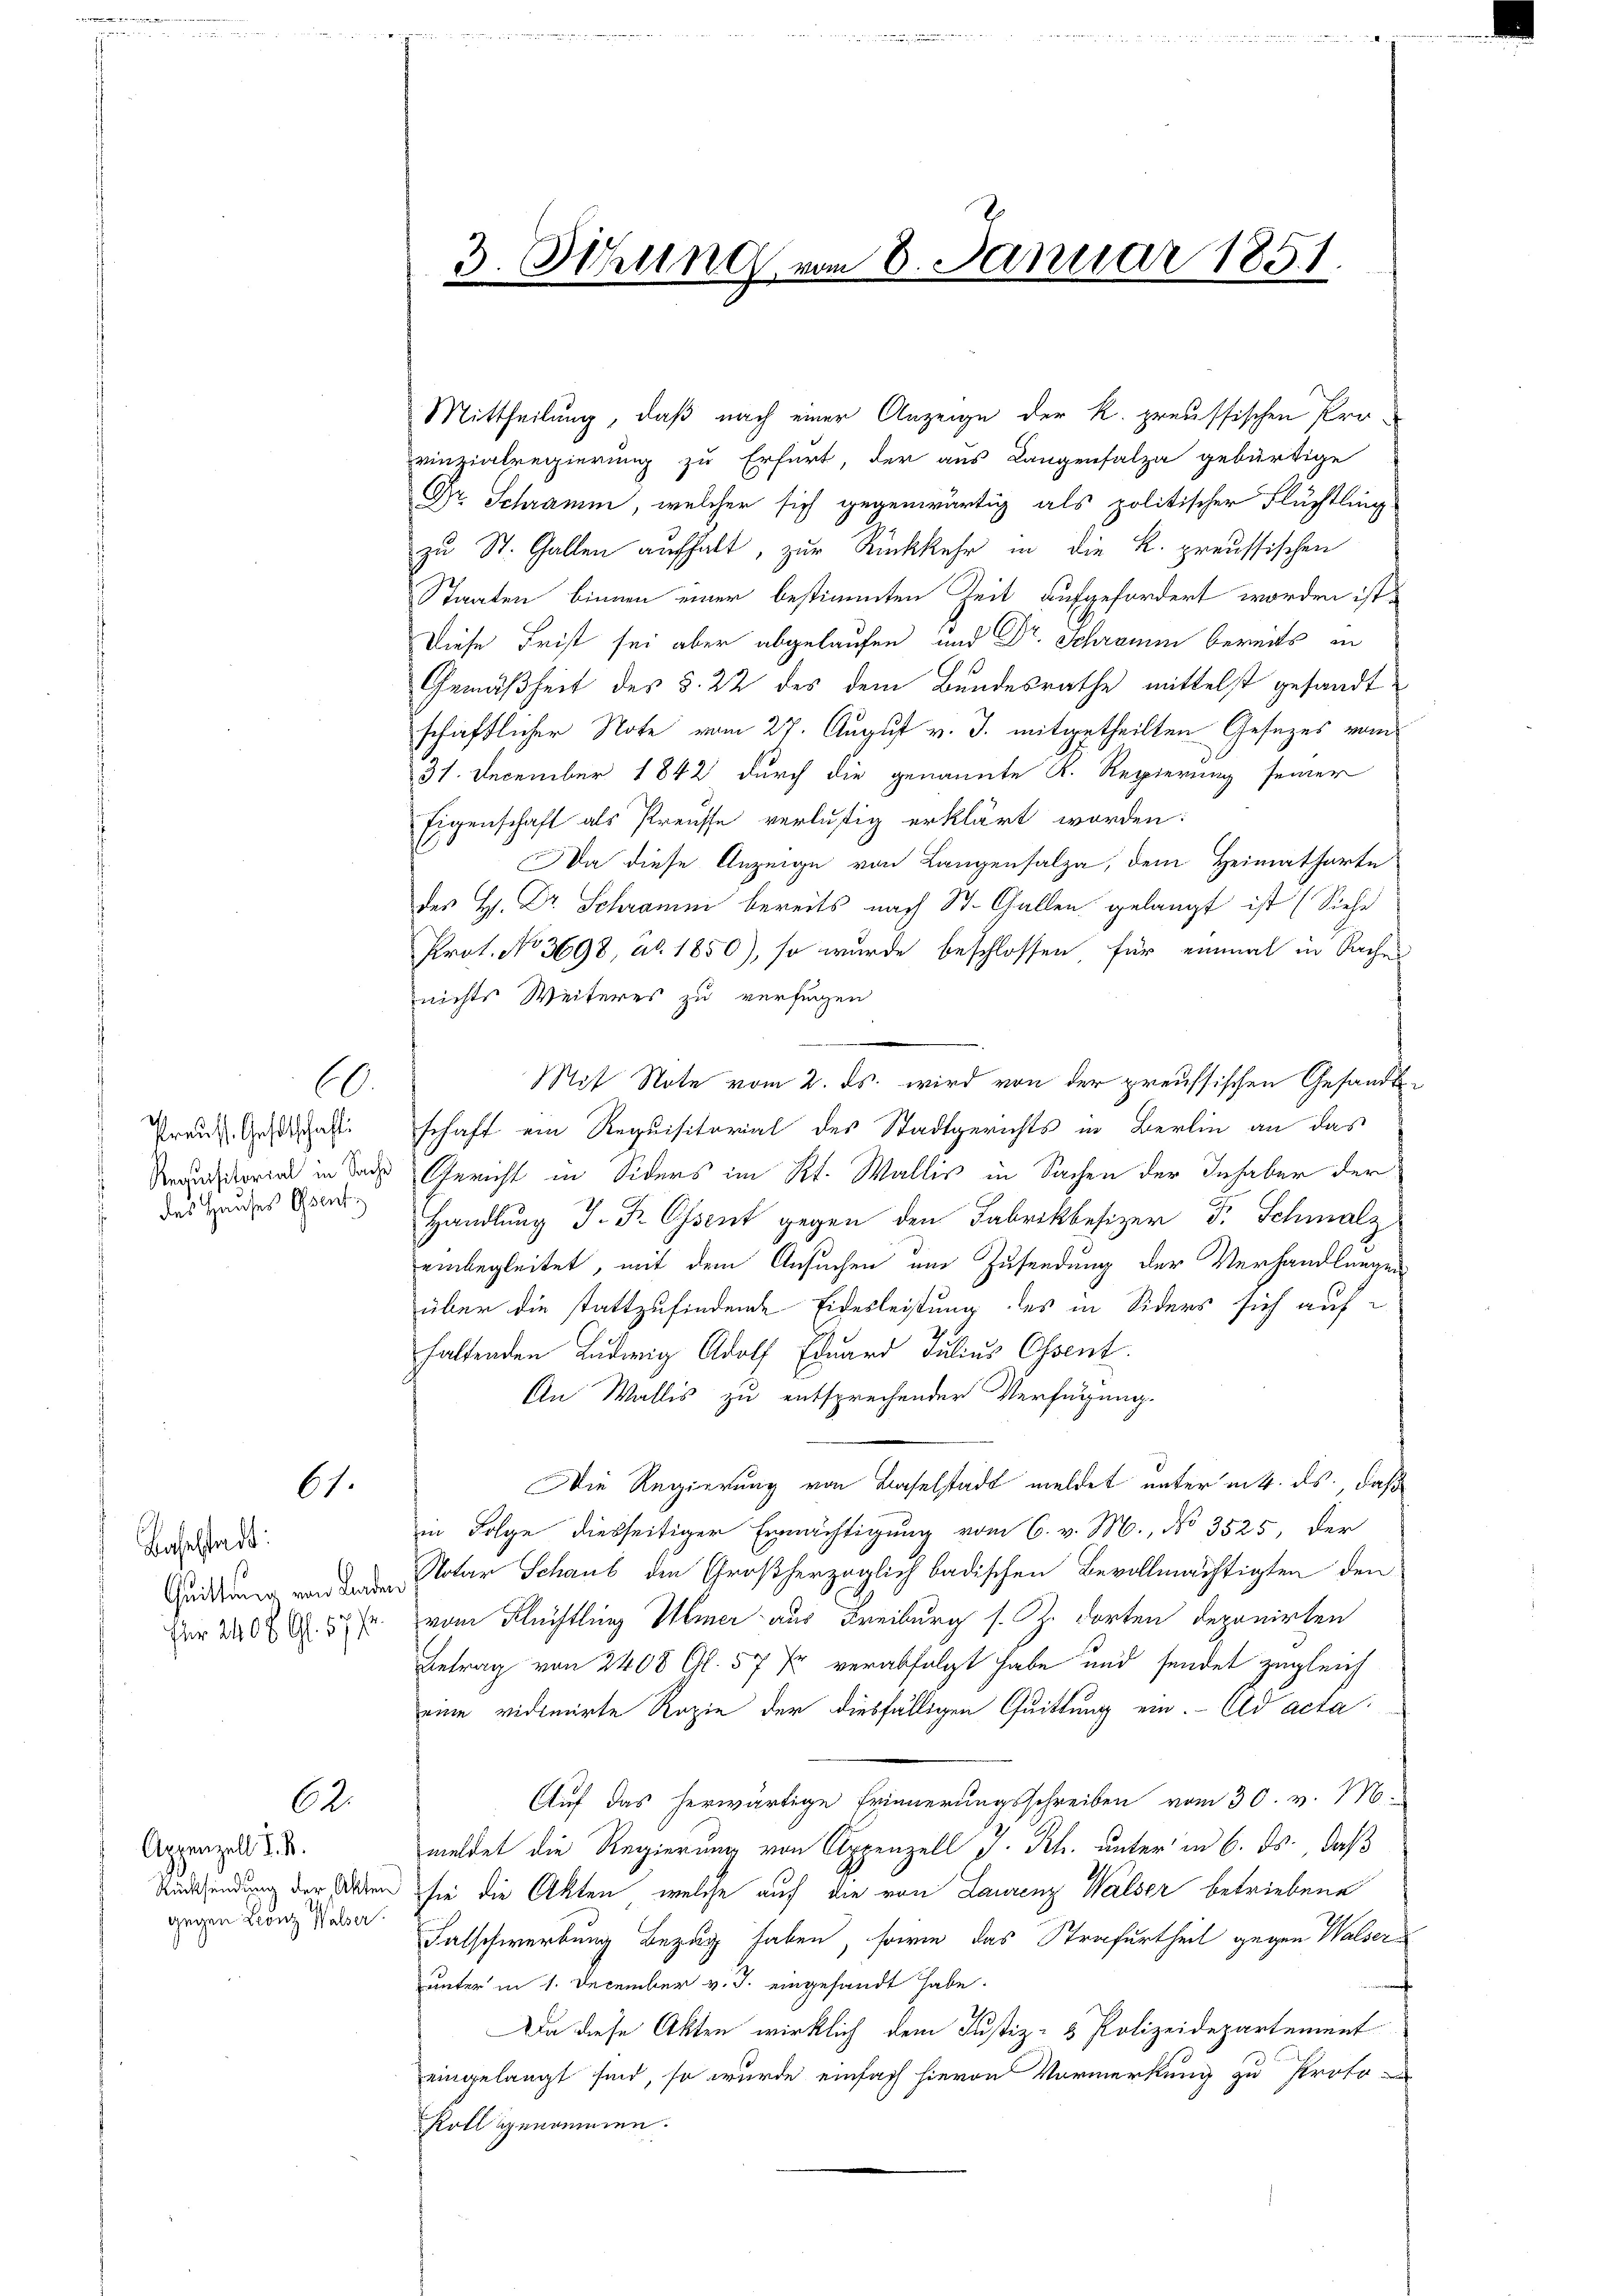
Preuss. Gastschaft
des Hauses Osent

Baselstadt:
für 2400 Gl. 577.

0.

61.

62.

Appenzell I. B.
gegen Lanz Walser

3. Ithung vom 8. Januar 1851.
2

Mittheilung, daß nach einer Anzeige der K. preussischen Provinzialregierung zu Erfurt, der aus Langensalza gebürtige
Dr. Schramm, welcher sich gegenwärtig als politischer Flüchtling-
zu St. Gallen aufhalt, zur Rückkehr in die K. preussischen
Staaten binnen einer bestimmten Zeit aufgefordert worden ist.
Diese Frist sei aber abgelaufen und Dr. Schramm bereits in
Gemäßheit des §. 22 des dem Bundesrathe mittelst gesandt
schaftlicher Note vom 27. August v. J. mitgetheilten Gesezes vom
31. December 1842 durch die genannte K. Regierung seiner
Eigenschaft als Preusse verlustig erklärt worden:
Da diese Anzeige von Langensalza, dem Heimatharte
des H. Dr. Schramni bereits nach St. Gallen gelangt ist (Siehe
Prot. No 3698, ab. 1850), so wurde beschlossen, für einmal in Sachen
nichts Weiteres zu verfügen
Mit Note vom 2. ds. wird von der preussischen Gesandtsschaft ein Requisitorial des Stadtgerichts in Berlin an das
Kratorin in das Gericht in Siders im Kt. Wallis in Sachen der Inhaber der
Handlŭng J. F. Osent gegen den Fabrikbesizer F. Schmalz
einbegleitet, mit dem Ansuchen um Zusendung der Verhandlungen
über die stattzufindende Eidesleistung des in Siders sich aufhaltenden Ludwig Adolf Eduard Julius Essent.
An Wallis zu entsprechender Verfügung.
Die Regierung von Baselstadt meldet unterm 4. ds. daß
in Folge diesseitiger Ermächtigung vom 6. v. M., No 3525, der
Geidung von den Notar Schaus den Großherzoglich badischen Bevollmächtigten den
vom Flüchtling Ulmer aus Freiburg s. Z. dorten deponirten
Betrag von 2400 Gl. 57 Xr verabfolgt habe und sendet zugleich
eine vidimirte Ropie der diesfälligen Quittung ein.- Ald acta
Auf das herwärtige Erinnerungsschreiben vom 30. v. M.
meldet die Regierung von Appenzell I. Rh. unter in 6. ds., daß
Rücksendung der Wien sie die Akten, welche auf die von Laurenz Walser betriebene
Falschwerbung Bezug haben, sowie das Strafurtheil gegen Walserunter in 1. December v. J. eingesandt habe.
Da diese Akten wirklich dem Justiz- & Polizeidepartement
eingelangt sind, so wurde einfach hievon Vormerkung zu Proto-
Roll genommen.